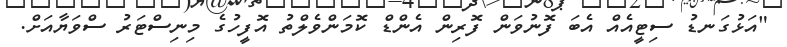
"އަޅުގަނޑު ސިޓީއެއް އެބަ ފޮނުވަން ފޮރިން އެންޑް ކޮމަންވެލްތު އޮފީހުގެ މިނިސްޓަރު ސްވަޔާއަށް.